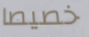
خصيصا